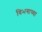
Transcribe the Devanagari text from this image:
विभगाच्या